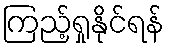
ကြည့်ရှုနိုင်ရန်